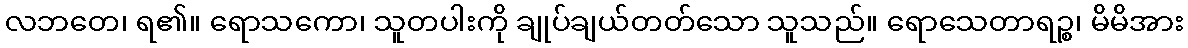
လဘတေ၊ ရ၏။ ရောသကော၊ သူတပါးကို ချုပ်ချယ်တတ်သော သူသည်။ ရောသေတာရဉ္စ၊ မိမိအား